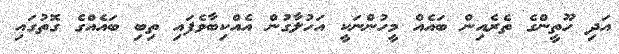
އަދި ހޫތީންގެ ތެރެއިން ބައެއް މީހުންނަކީ އަހުލާގުން އެއްކިބާވެފައި ތިބި ބައެއްގެ ގޮތުގައި